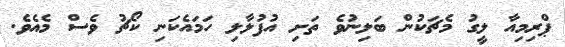
ޕްރިމިއާ ލީގު މެޗަކުން ބަލިނުވެ ތަށި އުފުލާލި ހަމައެކަނި ކޯޗު ވެސް މެއެވެ.